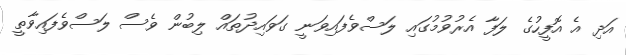
އަދި އެ އޮފީހުގެ ލަފާ އެރުވުމުގައި ލަސްވެފައިވަނީ ގަވައިދުތައް ލިބުން ވެސް ލަސްވެފައިވާތީ